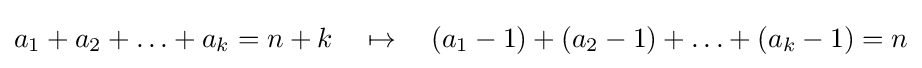
a_{1}+a_{2}+\ldots +a_{k}=n+k\quad \mapsto \quad (a_{1}-1)+(a_{2}-1)+\ldots +(a_{k}-1)=n